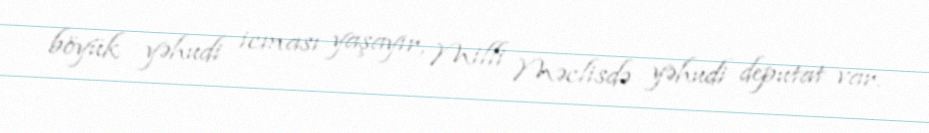
böyük yəhudi icması yaşayır, Milli Məclisdə yəhudi deputat var.